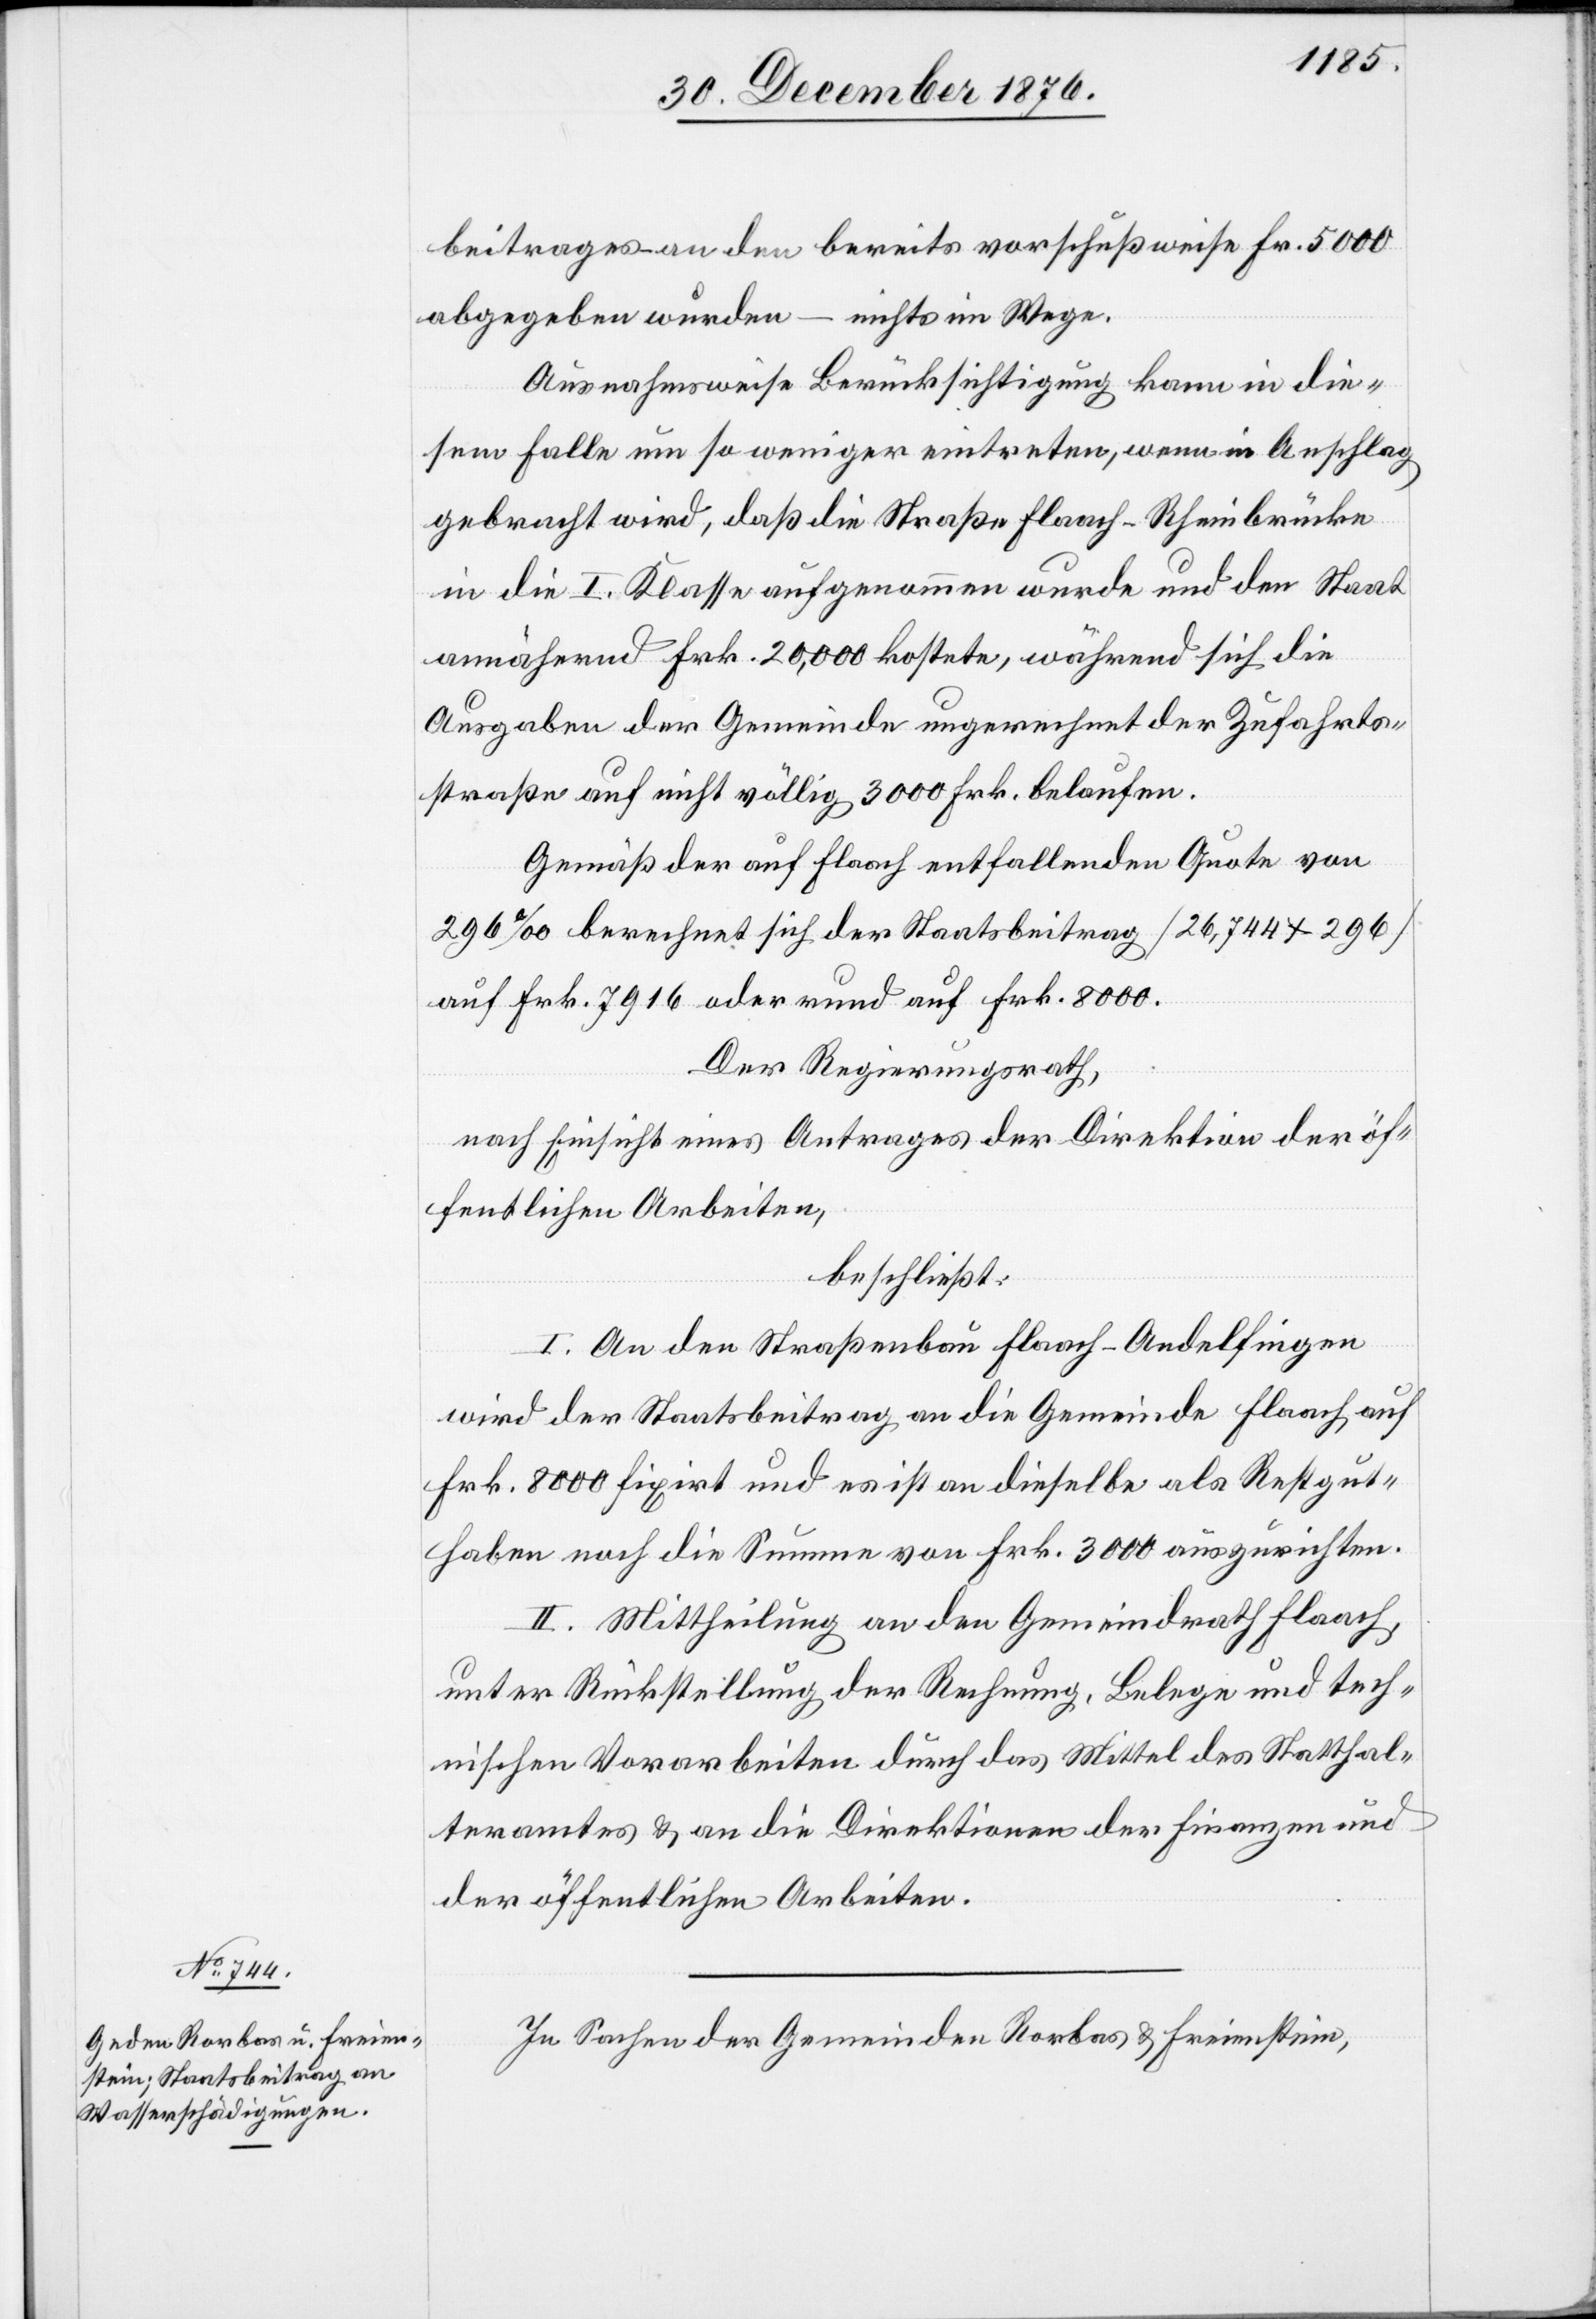
beitrages – an den bereits vorschußweise Fr. 5000
abgegeben wurden – nichts im Wege.
Ausnahmsweise Berücksichtigung kann in die¬
sem Falle um so weniger eintreten, wenn in Anschlag
gebracht wird, daß die Straße Flaach–Rheinbrücke
in die I. Klasse aufgenommen wurde und den Staat
annährend Frk. 20,000 kostete, während sich die
Ausgaben der Gemeinde ungerechnet der Zufahrts¬
straße auf nicht völlig 3000 Frk. belaufen.
Gemäß der auf Flaach entfallenden Quote von
296‰ berechnet sich der Staatsbeitrag [26,744 x 296]
auf Frk. 7916 oder rund auf Frk. 8000.
Der Regierungsrath,
nach Einsicht eines Antrages der Direktion der öf¬
fentlichen Arbeiten,
beschließt:
I. An den Straßenbau Flaach–Andelfingen
wird der Staatsbeitrag an die Gemeinde Flaach auf
Frk. 8000 fixirt und es ist an dieselbe als Restgut¬
haben noch die Summe von Frk. 3000 auszurichten.
II. Mittheilung an den Gemeindrath Flaach,
unter Rückstellung der Rechnung, Belegte und tech¬
nischen Vorarbeiten durch das Mittel des Statthal¬
teramtes & an die Direktionen der Finanzen und
der öffentlichen Arbeiten.
In Sachen der Gemeinde Rorbas & Freienstein,